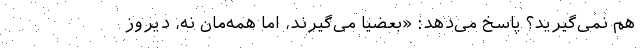
هم نمی‌گیرید؟ پاسخ می‌دهد: «بعضیا می‌گیرند، اما همه‌مان نه، دیروز